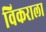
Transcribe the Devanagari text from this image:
विकराला